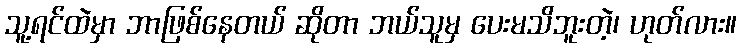
သူ့ရင်ထဲမှာ ဘာဖြစ်နေတယ် ဆိုတာ ဘယ်သူမှ ပေးမသိဘူးတဲ့၊ ဟုတ်လား။